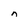
Character: n